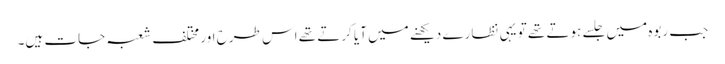
جب ربوہ میں جلسے ہوتے تھے تو یہی نظارے دیکھنے میں آیا کرتے تھے اس طرح اور مختلف شعبہ جات ہیں۔